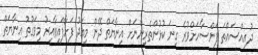
ދުއިއްސައްތަ ފަންސާހަށްވުރެ ގިނަ ކުޅުންތެރިންނަށް އިނާޔަތް ދޭން މިއަދު ފަށާފައިވާއިރު މިވަގުތު އިނާޔަތް